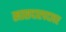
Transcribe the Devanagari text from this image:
खासदारपदावर